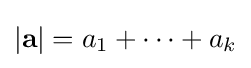
|\mathbf {a} |=a_{1}+\cdots +a_{k}